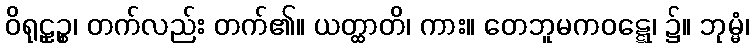
ဝိရုဠှဉ္စ၊ တက်လည်း တက်၏။ ယတ္ထာတိ၊ ကား။ တေဘူမကဝဋ္ဋေ၊ ၌။ ဘုမ္မံ၊